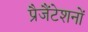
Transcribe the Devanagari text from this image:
प्रैजैंटेशनों